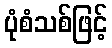
ပုံစံသစ်ဖြင့်